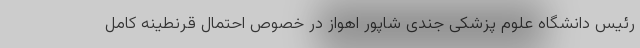
رئیس دانشگاه علوم پزشکی جندی شاپور اهواز در خصوص احتمال قرنطینه کامل